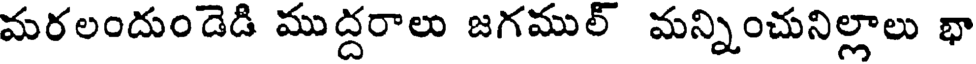
మరలందుండెడి ముద్దరాలు జగముల్ మన్నించునిల్లాలు భా